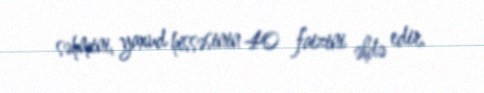
səhmini, yaxud hissəsinin 40 faizini əldə edir.